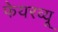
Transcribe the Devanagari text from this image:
फेयरव्यू